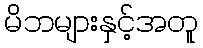
မိဘများနှင့်အတူ